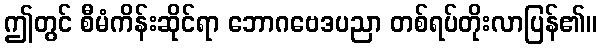
ဤတွင် စီမံကိန်းဆိုင်ရာ ဘောဂဗေဒပညာ တစ်ရပ်တိုးလာပြန်၏။